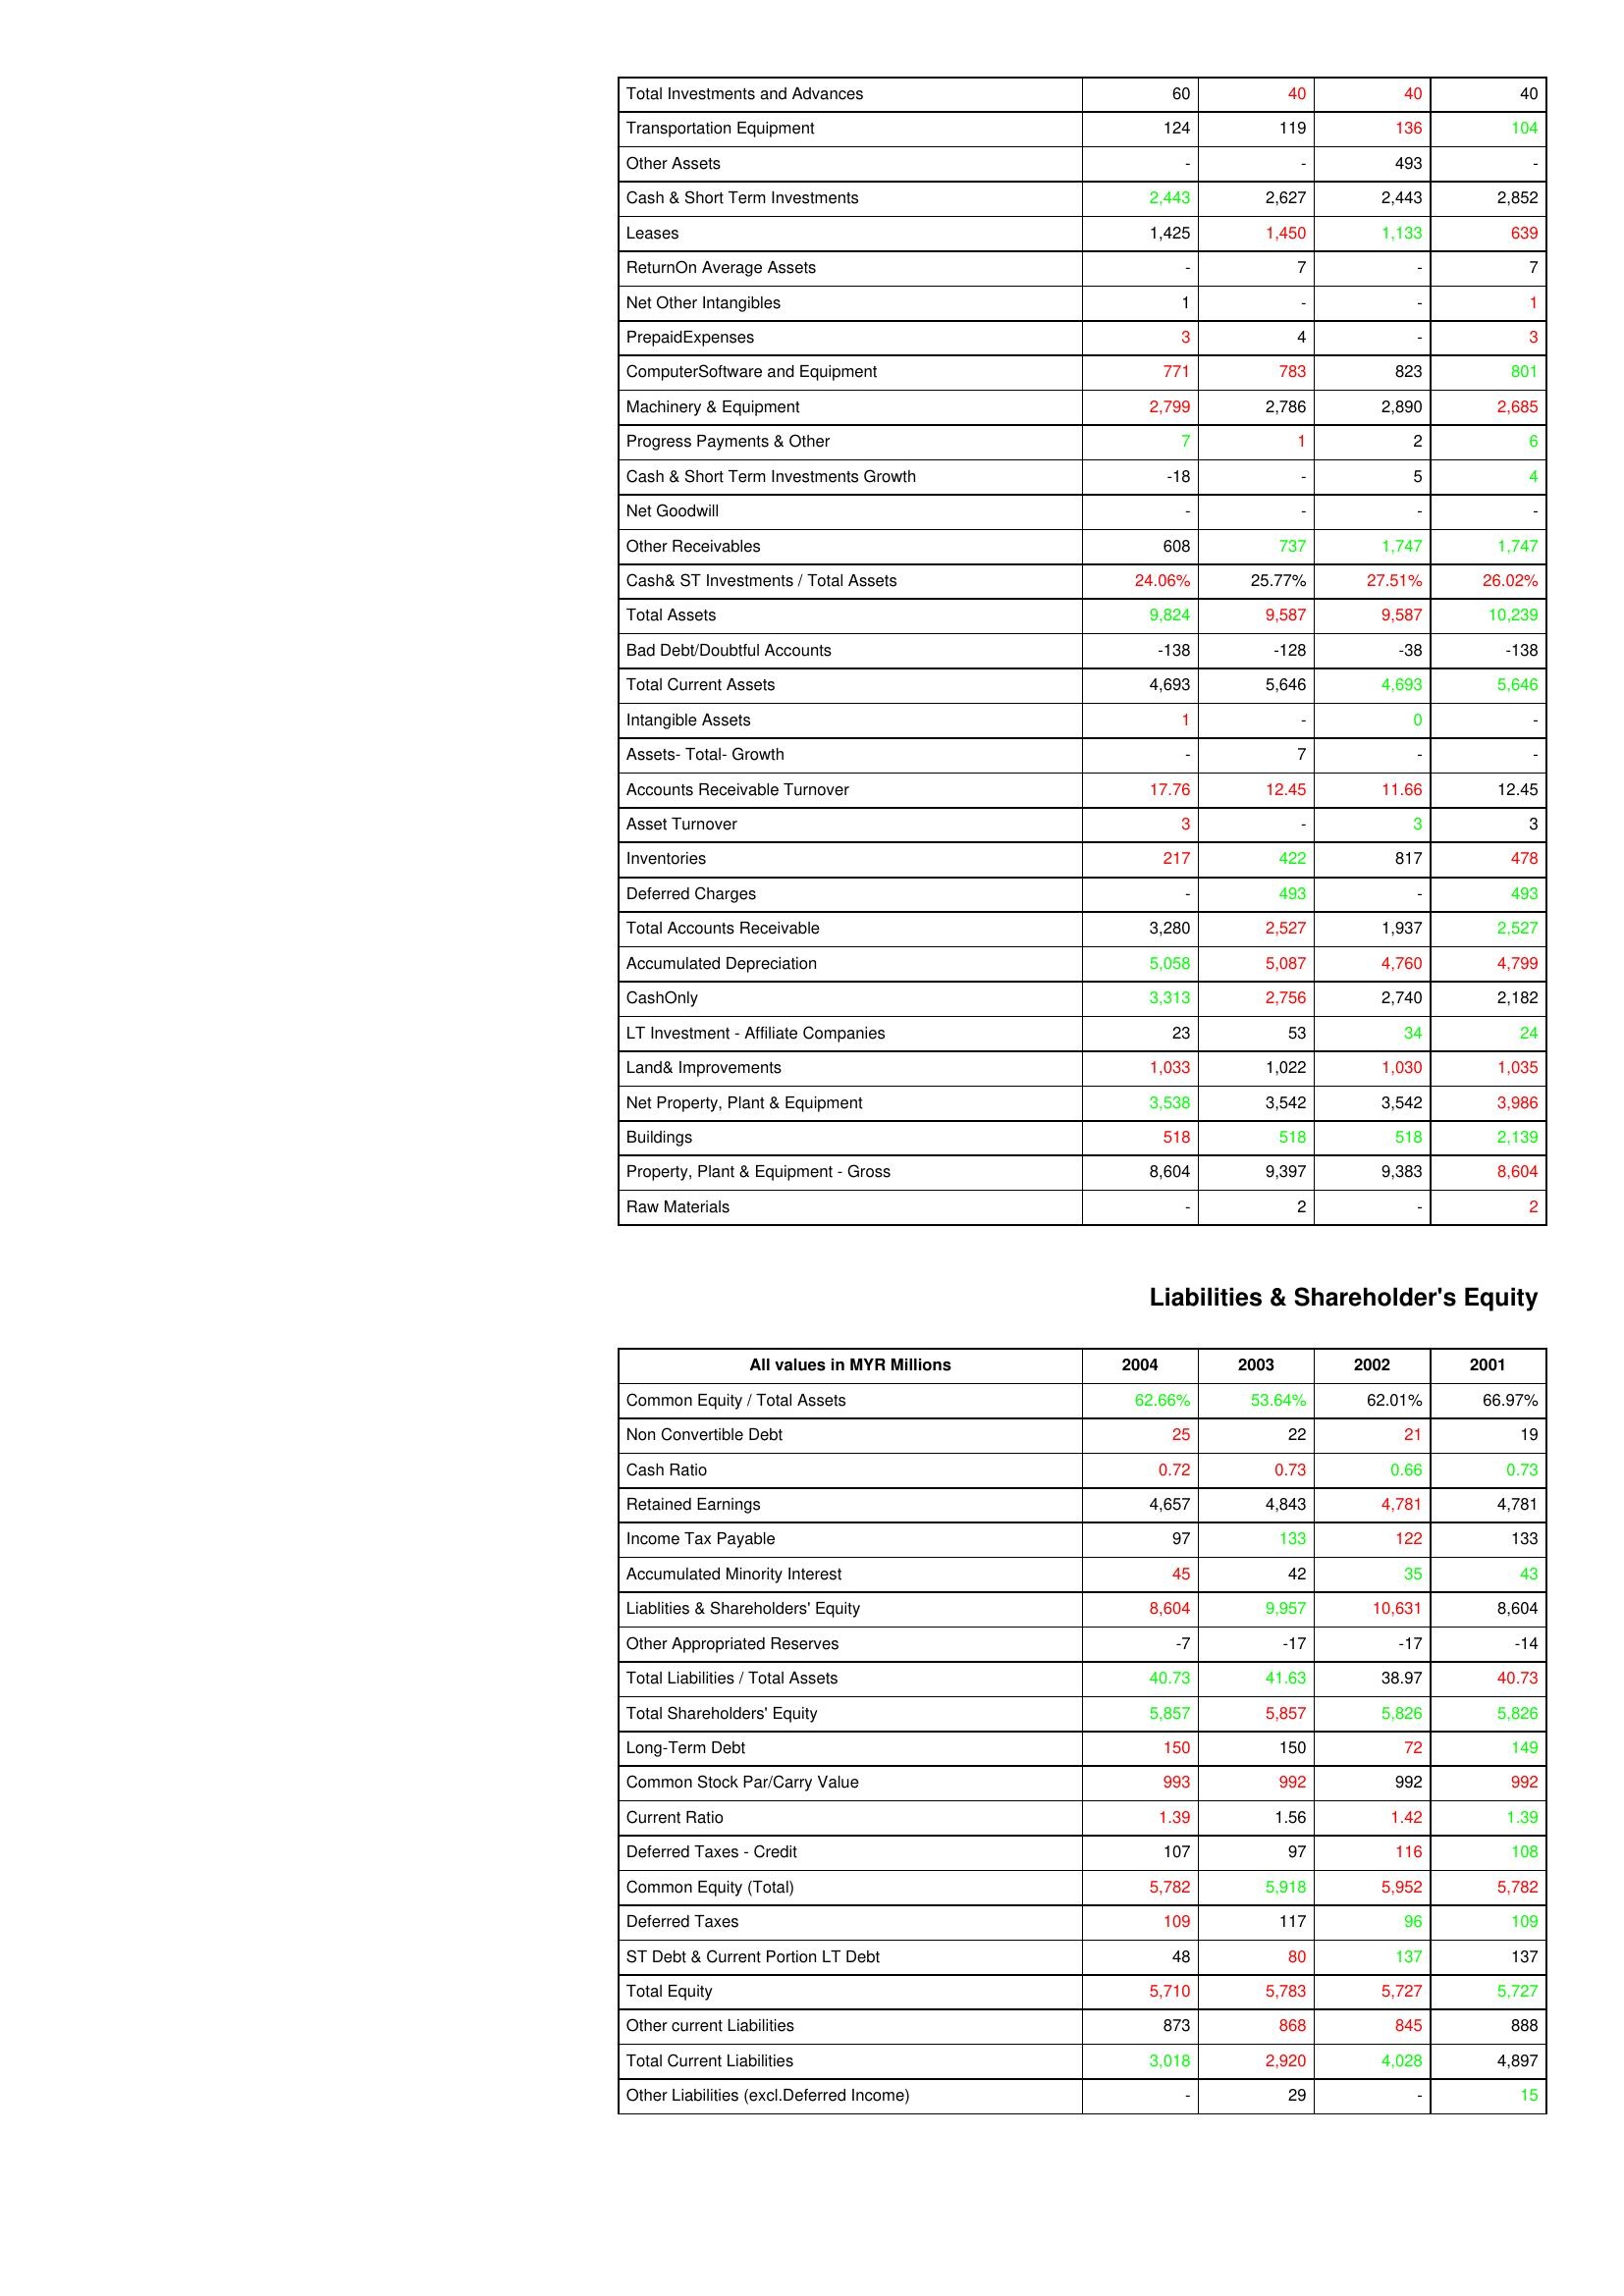
gt_parse: 2004: Assets: Total Investments and Advances: 60
Transportation Equipment: 124
Other Assets: -
Cash & Short Term Investments: 2,443
Leases: 1,425
ReturnOn Average Assets: -
Net Other Intangibles: 1
PrepaidExpenses: 3
ComputerSoftware and Equipment: 771
Machinery & Equipment: 2,799
Progress Payments & Other: 7
Cash & Short Term Investments Growth: -18
Net Goodwill: -
Other Receivables: 608
Cash& ST Investments / Total Assets: 24.06%
Total Assets: 9,824
Bad Debt/Doubtful Accounts: -138
Total Current Assets: 4,693
Intangible Assets: 1
Assets- Total- Growth: -
Accounts Receivable Turnover: 17.76
Asset Turnover: 3
Inventories: 217
Deferred Charges: -
Total Accounts Receivable: 3,280
Accumulated Depreciation: 5,058
CashOnly: 3,313
LT Investment - Affiliate Companies: 23
Land& Improvements: 1,033
Net Property, Plant & Equipment: 3,538
Buildings: 518
Property, Plant & Equipment - Gross : 8,604
Raw Materials: -
Liabilities & Shareholder's Equity: Common Equity / Total Assets: 62.66%
Non Convertible Debt: 25
Cash Ratio: 0.72
Retained Earnings: 4,657
Income Tax Payable: 97
Accumulated Minority Interest: 45
Liablities & Shareholders' Equity: 8,604
Other Appropriated Reserves: -7
Total Liabilities / Total Assets: 40.73
Total Shareholders' Equity: 5,857
Long-Term Debt: 150
Common Stock Par/Carry Value: 993
Current Ratio: 1.39
Deferred Taxes - Credit: 107
Common Equity (Total): 5,782
Deferred Taxes: 109
ST Debt & Current Portion LT Debt: 48
Total Equity: 5,710
Other current Liabilities: 873
Total Current Liabilities: 3,018
Other Liabilities (excl.Deferred Income): -
2003: Assets: Total Investments and Advances: 40
Transportation Equipment: 119
Other Assets: -
Cash & Short Term Investments: 2,627
Leases: 1,450
ReturnOn Average Assets: 7
Net Other Intangibles: -
PrepaidExpenses: 4
ComputerSoftware and Equipment: 783
Machinery & Equipment: 2,786
Progress Payments & Other: 1
Cash & Short Term Investments Growth: -
Net Goodwill: -
Other Receivables: 737
Cash& ST Investments / Total Assets: 25.77%
Total Assets: 9,587
Bad Debt/Doubtful Accounts: -128
Total Current Assets: 5,646
Intangible Assets: -
Assets- Total- Growth: 7
Accounts Receivable Turnover: 12.45
Asset Turnover: -
Inventories: 422
Deferred Charges: 493
Total Accounts Receivable: 2,527
Accumulated Depreciation: 5,087
CashOnly: 2,756
LT Investment - Affiliate Companies: 53
Land& Improvements: 1,022
Net Property, Plant & Equipment: 3,542
Buildings: 518
Property, Plant & Equipment - Gross : 9,397
Raw Materials: 2
Liabilities & Shareholder's Equity: Common Equity / Total Assets: 53.64%
Non Convertible Debt: 22
Cash Ratio: 0.73
Retained Earnings: 4,843
Income Tax Payable: 133
Accumulated Minority Interest: 42
Liablities & Shareholders' Equity: 9,957
Other Appropriated Reserves: -17
Total Liabilities / Total Assets: 41.63
Total Shareholders' Equity: 5,857
Long-Term Debt: 150
Common Stock Par/Carry Value: 992
Current Ratio: 1.56
Deferred Taxes - Credit: 97
Common Equity (Total): 5,918
Deferred Taxes: 117
ST Debt & Current Portion LT Debt: 80
Total Equity: 5,783
Other current Liabilities: 868
Total Current Liabilities: 2,920
Other Liabilities (excl.Deferred Income): 29
2002: Assets: Total Investments and Advances: 40
Transportation Equipment: 136
Other Assets: 493
Cash & Short Term Investments: 2,443
Leases: 1,133
ReturnOn Average Assets: -
Net Other Intangibles: -
PrepaidExpenses: -
ComputerSoftware and Equipment: 823
Machinery & Equipment: 2,890
Progress Payments & Other: 2
Cash & Short Term Investments Growth: 5
Net Goodwill: -
Other Receivables: 1,747
Cash& ST Investments / Total Assets: 27.51%
Total Assets: 9,587
Bad Debt/Doubtful Accounts: -38
Total Current Assets: 4,693
Intangible Assets: 0
Assets- Total- Growth: -
Accounts Receivable Turnover: 11.66
Asset Turnover: 3
Inventories: 817
Deferred Charges: -
Total Accounts Receivable: 1,937
Accumulated Depreciation: 4,760
CashOnly: 2,740
LT Investment - Affiliate Companies: 34
Land& Improvements: 1,030
Net Property, Plant & Equipment: 3,542
Buildings: 518
Property, Plant & Equipment - Gross : 9,383
Raw Materials: -
Liabilities & Shareholder's Equity: Common Equity / Total Assets: 62.01%
Non Convertible Debt: 21
Cash Ratio: 0.66
Retained Earnings: 4,781
Income Tax Payable: 122
Accumulated Minority Interest: 35
Liablities & Shareholders' Equity: 10,631
Other Appropriated Reserves: -17
Total Liabilities / Total Assets: 38.97
Total Shareholders' Equity: 5,826
Long-Term Debt: 72
Common Stock Par/Carry Value: 992
Current Ratio: 1.42
Deferred Taxes - Credit: 116
Common Equity (Total): 5,952
Deferred Taxes: 96
ST Debt & Current Portion LT Debt: 137
Total Equity: 5,727
Other current Liabilities: 845
Total Current Liabilities: 4,028
Other Liabilities (excl.Deferred Income): -
2001: Assets: Total Investments and Advances: 40
Transportation Equipment: 104
Other Assets: -
Cash & Short Term Investments: 2,852
Leases: 639
ReturnOn Average Assets: 7
Net Other Intangibles: 1
PrepaidExpenses: 3
ComputerSoftware and Equipment: 801
Machinery & Equipment: 2,685
Progress Payments & Other: 6
Cash & Short Term Investments Growth: 4
Net Goodwill: -
Other Receivables: 1,747
Cash& ST Investments / Total Assets: 26.02%
Total Assets: 10,239
Bad Debt/Doubtful Accounts: -138
Total Current Assets: 5,646
Intangible Assets: -
Assets- Total- Growth: -
Accounts Receivable Turnover: 12.45
Asset Turnover: 3
Inventories: 478
Deferred Charges: 493
Total Accounts Receivable: 2,527
Accumulated Depreciation: 4,799
CashOnly: 2,182
LT Investment - Affiliate Companies: 24
Land& Improvements: 1,035
Net Property, Plant & Equipment: 3,986
Buildings: 2,139
Property, Plant & Equipment - Gross : 8,604
Raw Materials: 2
Liabilities & Shareholder's Equity: Common Equity / Total Assets: 66.97%
Non Convertible Debt: 19
Cash Ratio: 0.73
Retained Earnings: 4,781
Income Tax Payable: 133
Accumulated Minority Interest: 43
Liablities & Shareholders' Equity: 8,604
Other Appropriated Reserves: -14
Total Liabilities / Total Assets: 40.73
Total Shareholders' Equity: 5,826
Long-Term Debt: 149
Common Stock Par/Carry Value: 992
Current Ratio: 1.39
Deferred Taxes - Credit: 108
Common Equity (Total): 5,782
Deferred Taxes: 109
ST Debt & Current Portion LT Debt: 137
Total Equity: 5,727
Other current Liabilities: 888
Total Current Liabilities: 4,897
Other Liabilities (excl.Deferred Income): 15